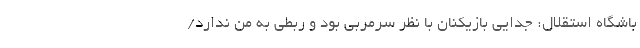
باشگاه استقلال: جدایی بازیکنان با نظر سرمربی بود و ربطی به من ندارد/